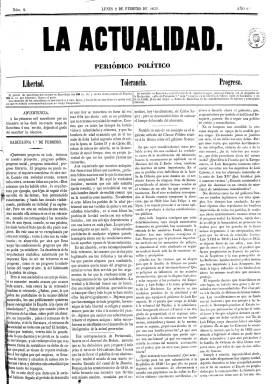
Título: La Actualidad (Barcelona. 1852)
Colección: Periódicos
Ámbito geográfico: Barcelona
Lugar de publicación: Barcelona
Fechas: 02/02/1852-26/10/1852

Con el subtítulo “periódico político” y bajo su cabecera los lemas “libertad, tolerancia, progreso”, comienza a publicarse este diario el uno de febrero de 1852, adscrito al progresismo radical o demócrata. Su dirección es atribuida al médico, escritor y político Antoni Ribot i Fontseré (1813-1871), quien la asumirá tras su regreso de Cuba, a donde había sido deportado en 1837 por sus ideas democráticas. Aparece como su primer editor responsable el jurídico Ramón de Boladeres y después lo será el impresor Agustí Gaspar.

Será un diario en formato gran folio, de cuatro páginas y compuesto a cuatro columnas, con imprenta propia, y una estructura de contenidos igual a los demás periódicos de la época. Inicia cada entrega con uno o dos artículos de fondo, firmados generalmente con las iniciales A.R. y J.M.N., correspondiendo las primeras a su director, y las segundas al intendente militar y escritor Joaquín María Nin, que serán los dos principales redactores del periódico.

Está estructurado en secciones como Crónica interior (de Madrid y provincias); Crónica exterior; Gacetín urbano, en donde inserta un Boletín religioso (cultos) y una Sección comercial (con el movimiento portuario o las cotizaciones de la bolsa) y una Crónica oficial o de Anuncios oficiales; la de Diversiones públicas (cartelera teatral), dejando la última plana para las inserciones de anuncios comerciales. Publica también un folletín.

Con motivo del nacimiento de la hija de Isabel II y Princesa de Asturias, La Actualidad orlará durante unos días su primera página, y en la del 21 de febrero, publica en la misma un extenso poema, en lengua catalana, con la firma de J. Raire y Dols.

A partir del 23 de junio absorbe al Boletín de comercio e industria de Cataluña, y desde el número de ese día se insertará en los faldones de las dos últimas planas del diario, con numeración y paginación propia, hasta su número 75 y página 299, del cinco de septiembre. Al día siguiente queda refundido en las propias columnas de La Actualidad. Con ello el diario aumentó su información de interés agrícola, mercantil e industrial.

El periódico adoptó un tono anticlerical, el propio que tenía Nin, autor de Retrato al daguerrotipo de los jesuitas y la novela histórica Secretos de la Inquisición, entre otras obras. Lo que fue considerado una campaña del periódico contra la Compañía de Jesús, tuvo como respuesta una pastoral del obispo de la diócesis, José Domingo Costa y Borrás (1805-1864) contra Nin, caso en el que llegará a intervenir el nuncio Giovanni Brunelli ante el Gobierno español. Por su parte, el obispo de Sigüenza prohibirá en su diócesis la lectura de Retrato al daguerrotipo de los jesuitas e Historia de la pintura.

Por una real orden, de 23 de octubre de 1852, la publicación fue suspendida, al considerar los artículos publicados en sus números 242, 243, 246 y 248 “ofensivos a la religión y atentatorios contra los del derecho del Papa como soberano temporal”. Tras publicar La Actualidad su número 264 y último, el 26 de octubre de 1852, aparece en su lugar el diario El Presente, que durará hasta el 20 de julio de 1854, que también forma parte de la colección de la Biblioteca Nacional de España.